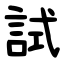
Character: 試